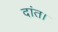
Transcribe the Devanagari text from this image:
दांत।